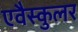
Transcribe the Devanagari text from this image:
एवैस्कुलर